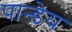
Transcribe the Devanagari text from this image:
पान्डेय